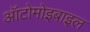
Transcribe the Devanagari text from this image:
ऑटोमोइबाइल